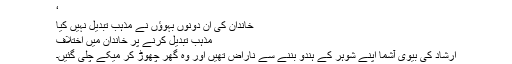
‘
خاندان کی ان دونوں بہوؤں نے مذہب تبدیل نہیں کیا
مذہب تبدیل کرنے پر خاندان میں اختلاف
ارشاد کی بیوی آشما اپنے شوہر کے ہندو بننے سے ناراض تھیں اور وہ گھر چھوڑ کر میکے چلی گئیں۔